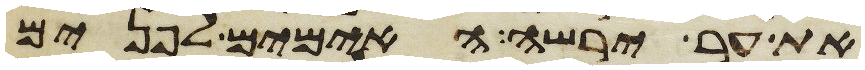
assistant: את ער ירשה האימים לפנים